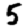
Digit: 5